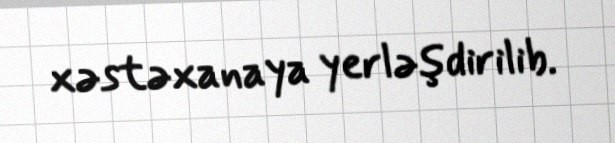
xəstəxanaya yerləşdirilib.